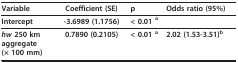
| Variable | Coefficient (SE) | p | Odds ratio (95%) |
 | --- | --- | --- | --- |
 | Intercept | -3.6989 (1.1756) | < 0.01 a |  |
 | hw 250 km aggregate (× 100 mm) | 0.7890 (0.2105) | < 0.01 a | 2.02 (1.53-3.51)b |